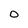
Character: O